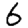
Digit: 6